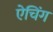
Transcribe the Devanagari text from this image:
ऐचिंग